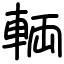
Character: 輌